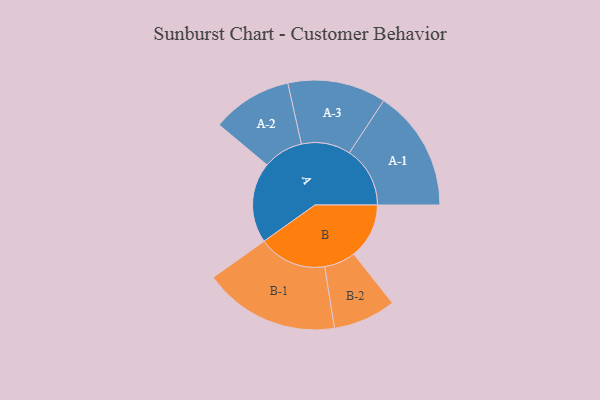
{"axis": {"x": "Segment", "y": "Value"}, "legend": ["", "A", "B"], "data": [{"x": "A", "y": 303, "type": ""}, {"x": "B", "y": 208, "type": ""}, {"x": "A-1", "y": 228, "type": "A"}, {"x": "A-2", "y": 151, "type": "A"}, {"x": "A-3", "y": 185, "type": "A"}, {"x": "B-1", "y": 256, "type": "B"}, {"x": "B-2", "y": 118, "type": "B"}]}